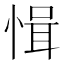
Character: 𢜱